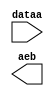
// megafunction wizard: %LPM_COMPARE%VBB%
// GENERATION: STANDARD
// VERSION: WM1.0
// MODULE: LPM_COMPARE 

// ============================================================
// Megafunction Name(s):
// 			LPM_COMPARE
//
// Simulation Library Files(s):
// 			lpm
// ============================================================
// ************************************************************
// THIS IS A WIZARD-GENERATED FILE. DO NOT EDIT THIS FILE!
//
// 13.1.0 Build 162 10/23/2013 SJ Full Version
// ************************************************************

//Copyright (C) 1991-2013 Altera Corporation
//Your use of Altera Corporation's design tools, logic functions 
//and other software and tools, and its AMPP partner logic 
//functions, and any output files from any of the foregoing 
//(including device programming or simulation files), and any 
//associated documentation or information are expressly subject 
//to the terms and conditions of the Altera Program License 
//Subscription Agreement, Altera MegaCore Function License 
//Agreement, or other applicable license agreement, including, 
//without limitation, that your use is for the sole purpose of 
//programming logic devices manufactured by Altera and sold by 
//Altera or its authorized distributors.  Please refer to the 
//applicable agreement for further details.

module lpm_compare_kal (
	dataa,
	aeb);

	input	[9:0]  dataa;
	output	  aeb;

endmodule

// ============================================================
// CNX file retrieval info
// ============================================================
// Retrieval info: PRIVATE: AeqB NUMERIC "1"
// Retrieval info: PRIVATE: AgeB NUMERIC "0"
// Retrieval info: PRIVATE: AgtB NUMERIC "0"
// Retrieval info: PRIVATE: AleB NUMERIC "0"
// Retrieval info: PRIVATE: AltB NUMERIC "0"
// Retrieval info: PRIVATE: AneB NUMERIC "0"
// Retrieval info: PRIVATE: INTENDED_DEVICE_FAMILY STRING "Cyclone V"
// Retrieval info: PRIVATE: LPM_PIPELINE NUMERIC "0"
// Retrieval info: PRIVATE: Latency NUMERIC "0"
// Retrieval info: PRIVATE: PortBValue NUMERIC "200"
// Retrieval info: PRIVATE: Radix NUMERIC "10"
// Retrieval info: PRIVATE: SYNTH_WRAPPER_GEN_POSTFIX STRING "0"
// Retrieval info: PRIVATE: SignedCompare NUMERIC "0"
// Retrieval info: PRIVATE: aclr NUMERIC "0"
// Retrieval info: PRIVATE: clken NUMERIC "0"
// Retrieval info: PRIVATE: isPortBConstant NUMERIC "1"
// Retrieval info: PRIVATE: nBit NUMERIC "10"
// Retrieval info: PRIVATE: new_diagram STRING "1"
// Retrieval info: LIBRARY: lpm lpm.lpm_components.all
// Retrieval info: CONSTANT: LPM_HINT STRING "ONE_INPUT_IS_CONSTANT=YES"
// Retrieval info: CONSTANT: LPM_REPRESENTATION STRING "UNSIGNED"
// Retrieval info: CONSTANT: LPM_TYPE STRING "LPM_COMPARE"
// Retrieval info: CONSTANT: LPM_WIDTH NUMERIC "10"
// Retrieval info: USED_PORT: aeb 0 0 0 0 OUTPUT NODEFVAL "aeb"
// Retrieval info: USED_PORT: dataa 0 0 10 0 INPUT NODEFVAL "dataa[9..0]"
// Retrieval info: CONNECT: @dataa 0 0 10 0 dataa 0 0 10 0
// Retrieval info: CONNECT: @datab 0 0 10 0 200 0 0 10 0
// Retrieval info: CONNECT: aeb 0 0 0 0 @aeb 0 0 0 0
// Retrieval info: GEN_FILE: TYPE_NORMAL lpm_compare_kal.v TRUE
// Retrieval info: GEN_FILE: TYPE_NORMAL lpm_compare_kal.inc FALSE
// Retrieval info: GEN_FILE: TYPE_NORMAL lpm_compare_kal.cmp FALSE
// Retrieval info: GEN_FILE: TYPE_NORMAL lpm_compare_kal.bsf TRUE FALSE
// Retrieval info: GEN_FILE: TYPE_NORMAL lpm_compare_kal_inst.v FALSE
// Retrieval info: GEN_FILE: TYPE_NORMAL lpm_compare_kal_bb.v TRUE
// Retrieval info: LIB_FILE: lpm